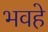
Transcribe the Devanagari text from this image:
भवहे